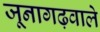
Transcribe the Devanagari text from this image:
जूनागढ़वाले